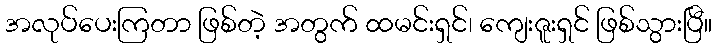
အလုပ်ပေးကြတာ ဖြစ်တဲ့ အတွက် ထမင်းရှင်၊ ကျေးဇူးရှင် ဖြစ်သွားပြီ။